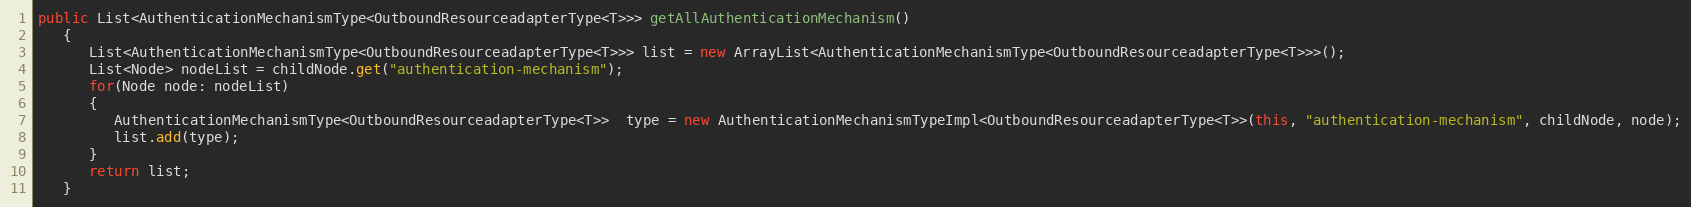
Language: Java
public List<AuthenticationMechanismType<OutboundResourceadapterType<T>>> getAllAuthenticationMechanism()
   {
      List<AuthenticationMechanismType<OutboundResourceadapterType<T>>> list = new ArrayList<AuthenticationMechanismType<OutboundResourceadapterType<T>>>();
      List<Node> nodeList = childNode.get("authentication-mechanism");
      for(Node node: nodeList)
      {
         AuthenticationMechanismType<OutboundResourceadapterType<T>>  type = new AuthenticationMechanismTypeImpl<OutboundResourceadapterType<T>>(this, "authentication-mechanism", childNode, node);
         list.add(type);
      }
      return list;
   }